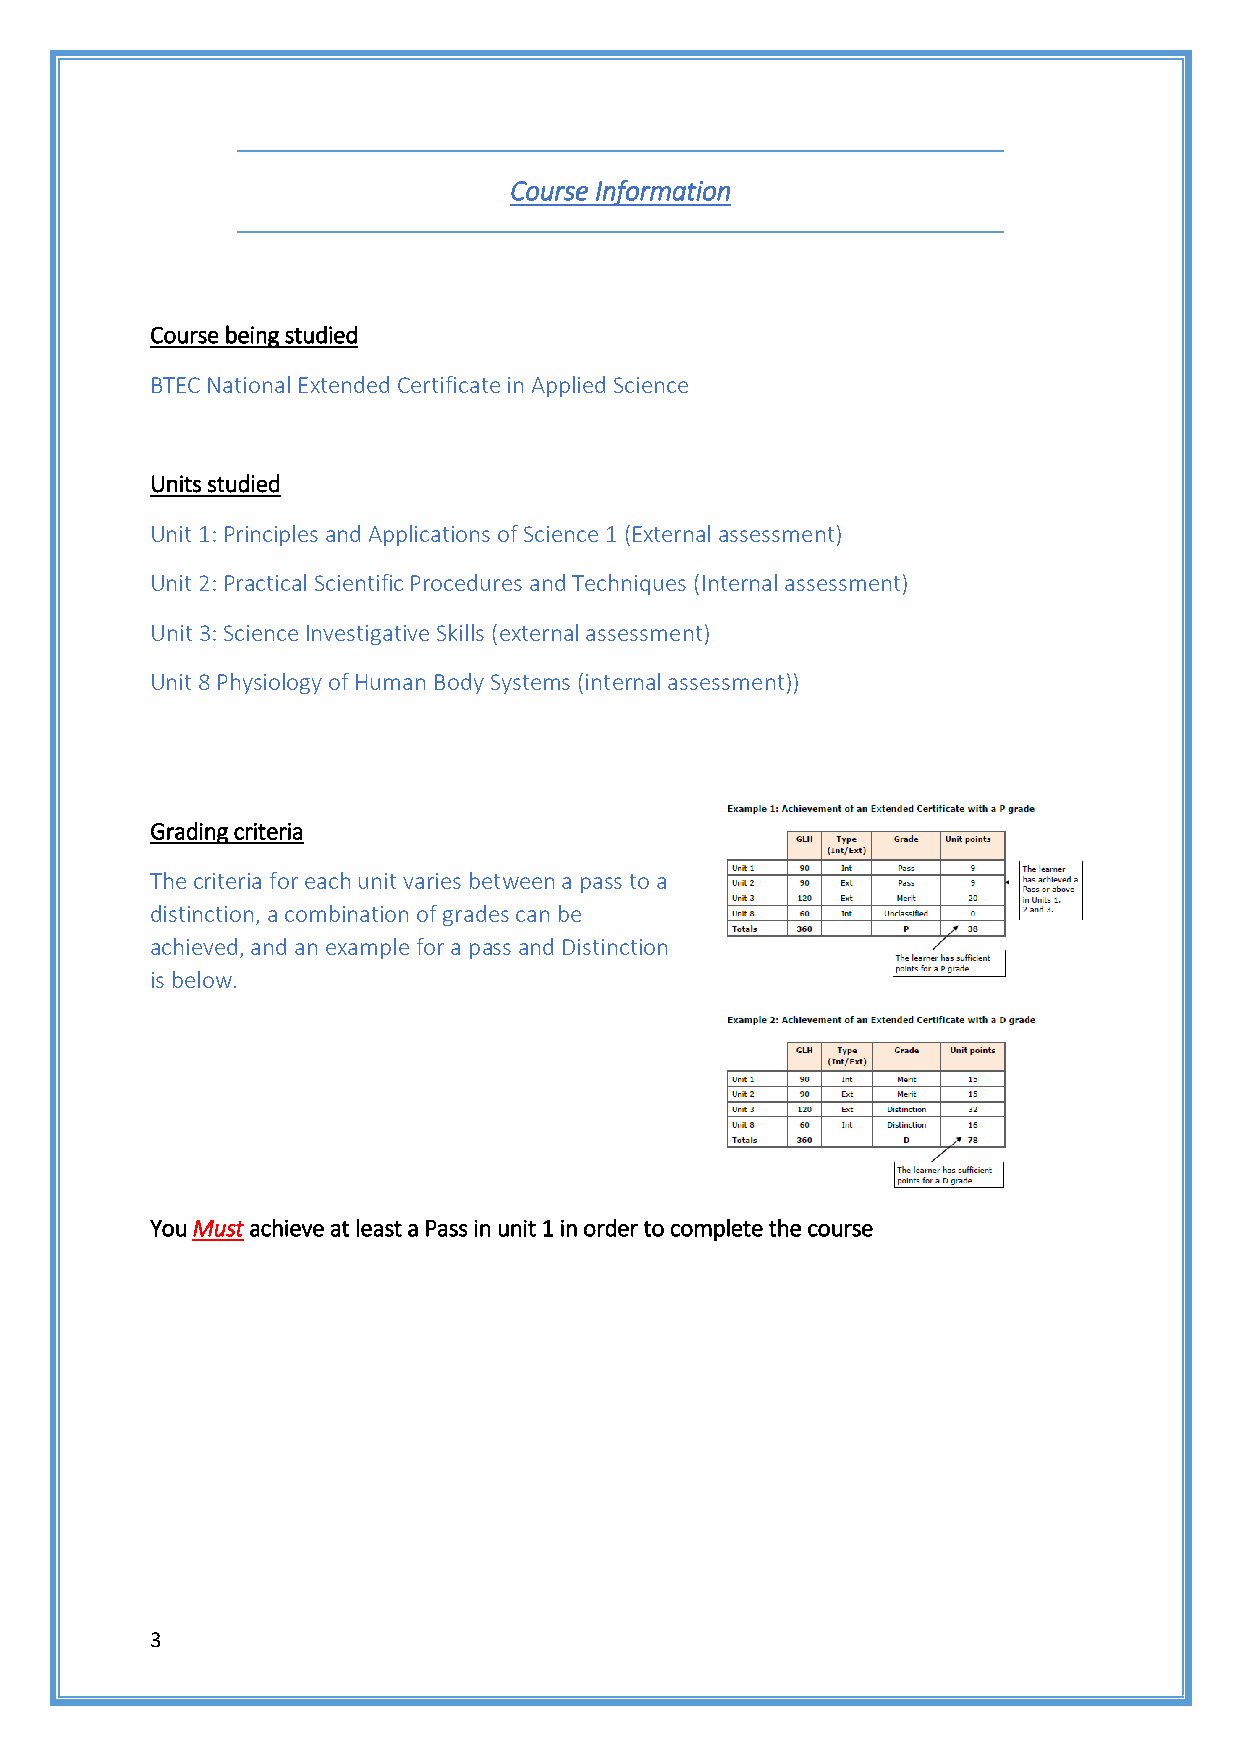
Course Information
 Course being studied
 BTEC National Extended Certificate in Applied Science
 Units studied
 Unit 1: Principles and Applications of Science 1 (External assessment)
 Unit 2: Practical Scientific Procedures and Techniques (Internal assessment)
 Unit 3: Science Investigative Skills (external assessment)
 Unit 8 Physiology of Human Body Systems (internal assessment))
 Grading criteria
 The criteria for each unit varies between a pass to a
 distinction, a combination of grades can be
 achieved, and an example for a pass and Distinction
 is below.
 You Must achieve at least a Pass in unit 1 in order to complete the course
 3